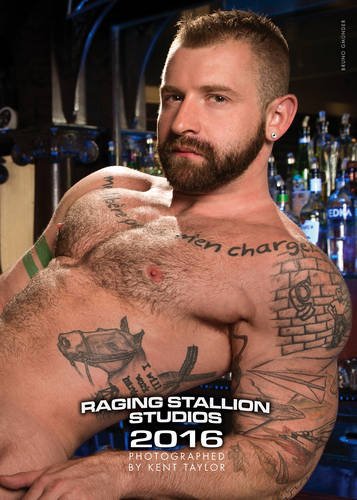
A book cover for Raging Stallion Calendar; Calendars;